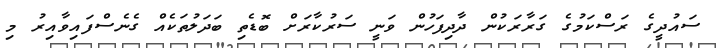
ސައުދީގެ ރަސްކަމުގެ ގަރާރަކުން ދާދިފަހުން ވަނީ ސަރުކާރަށް ބޮޑެތި ބަދަލުތަކެއް ގެނެސްފައިވާއިރު މި